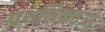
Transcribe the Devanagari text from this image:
प्रथमिकतओ